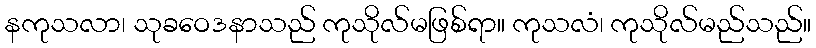
နကုသလာ၊ သုခဝေဒနာသည် ကုသိုလ်မဖြစ်ရာ။ ကုသလံ၊ ကုသိုလ်မည်သည်။